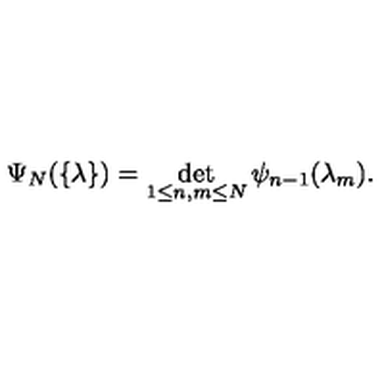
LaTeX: \Psi _ { N } ( \{ \lambda \} ) = \det _ { 1 \leq n , m \leq N } \psi _ { n - 1 } ( \lambda _ { m } ) .